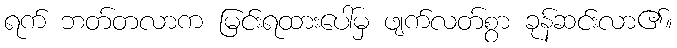
ရက် ဘတ်တလာက မြင်းရထားပေါ်မှ ဖျက်လတ်စွာ ခုန်ဆင်းလာ၏။